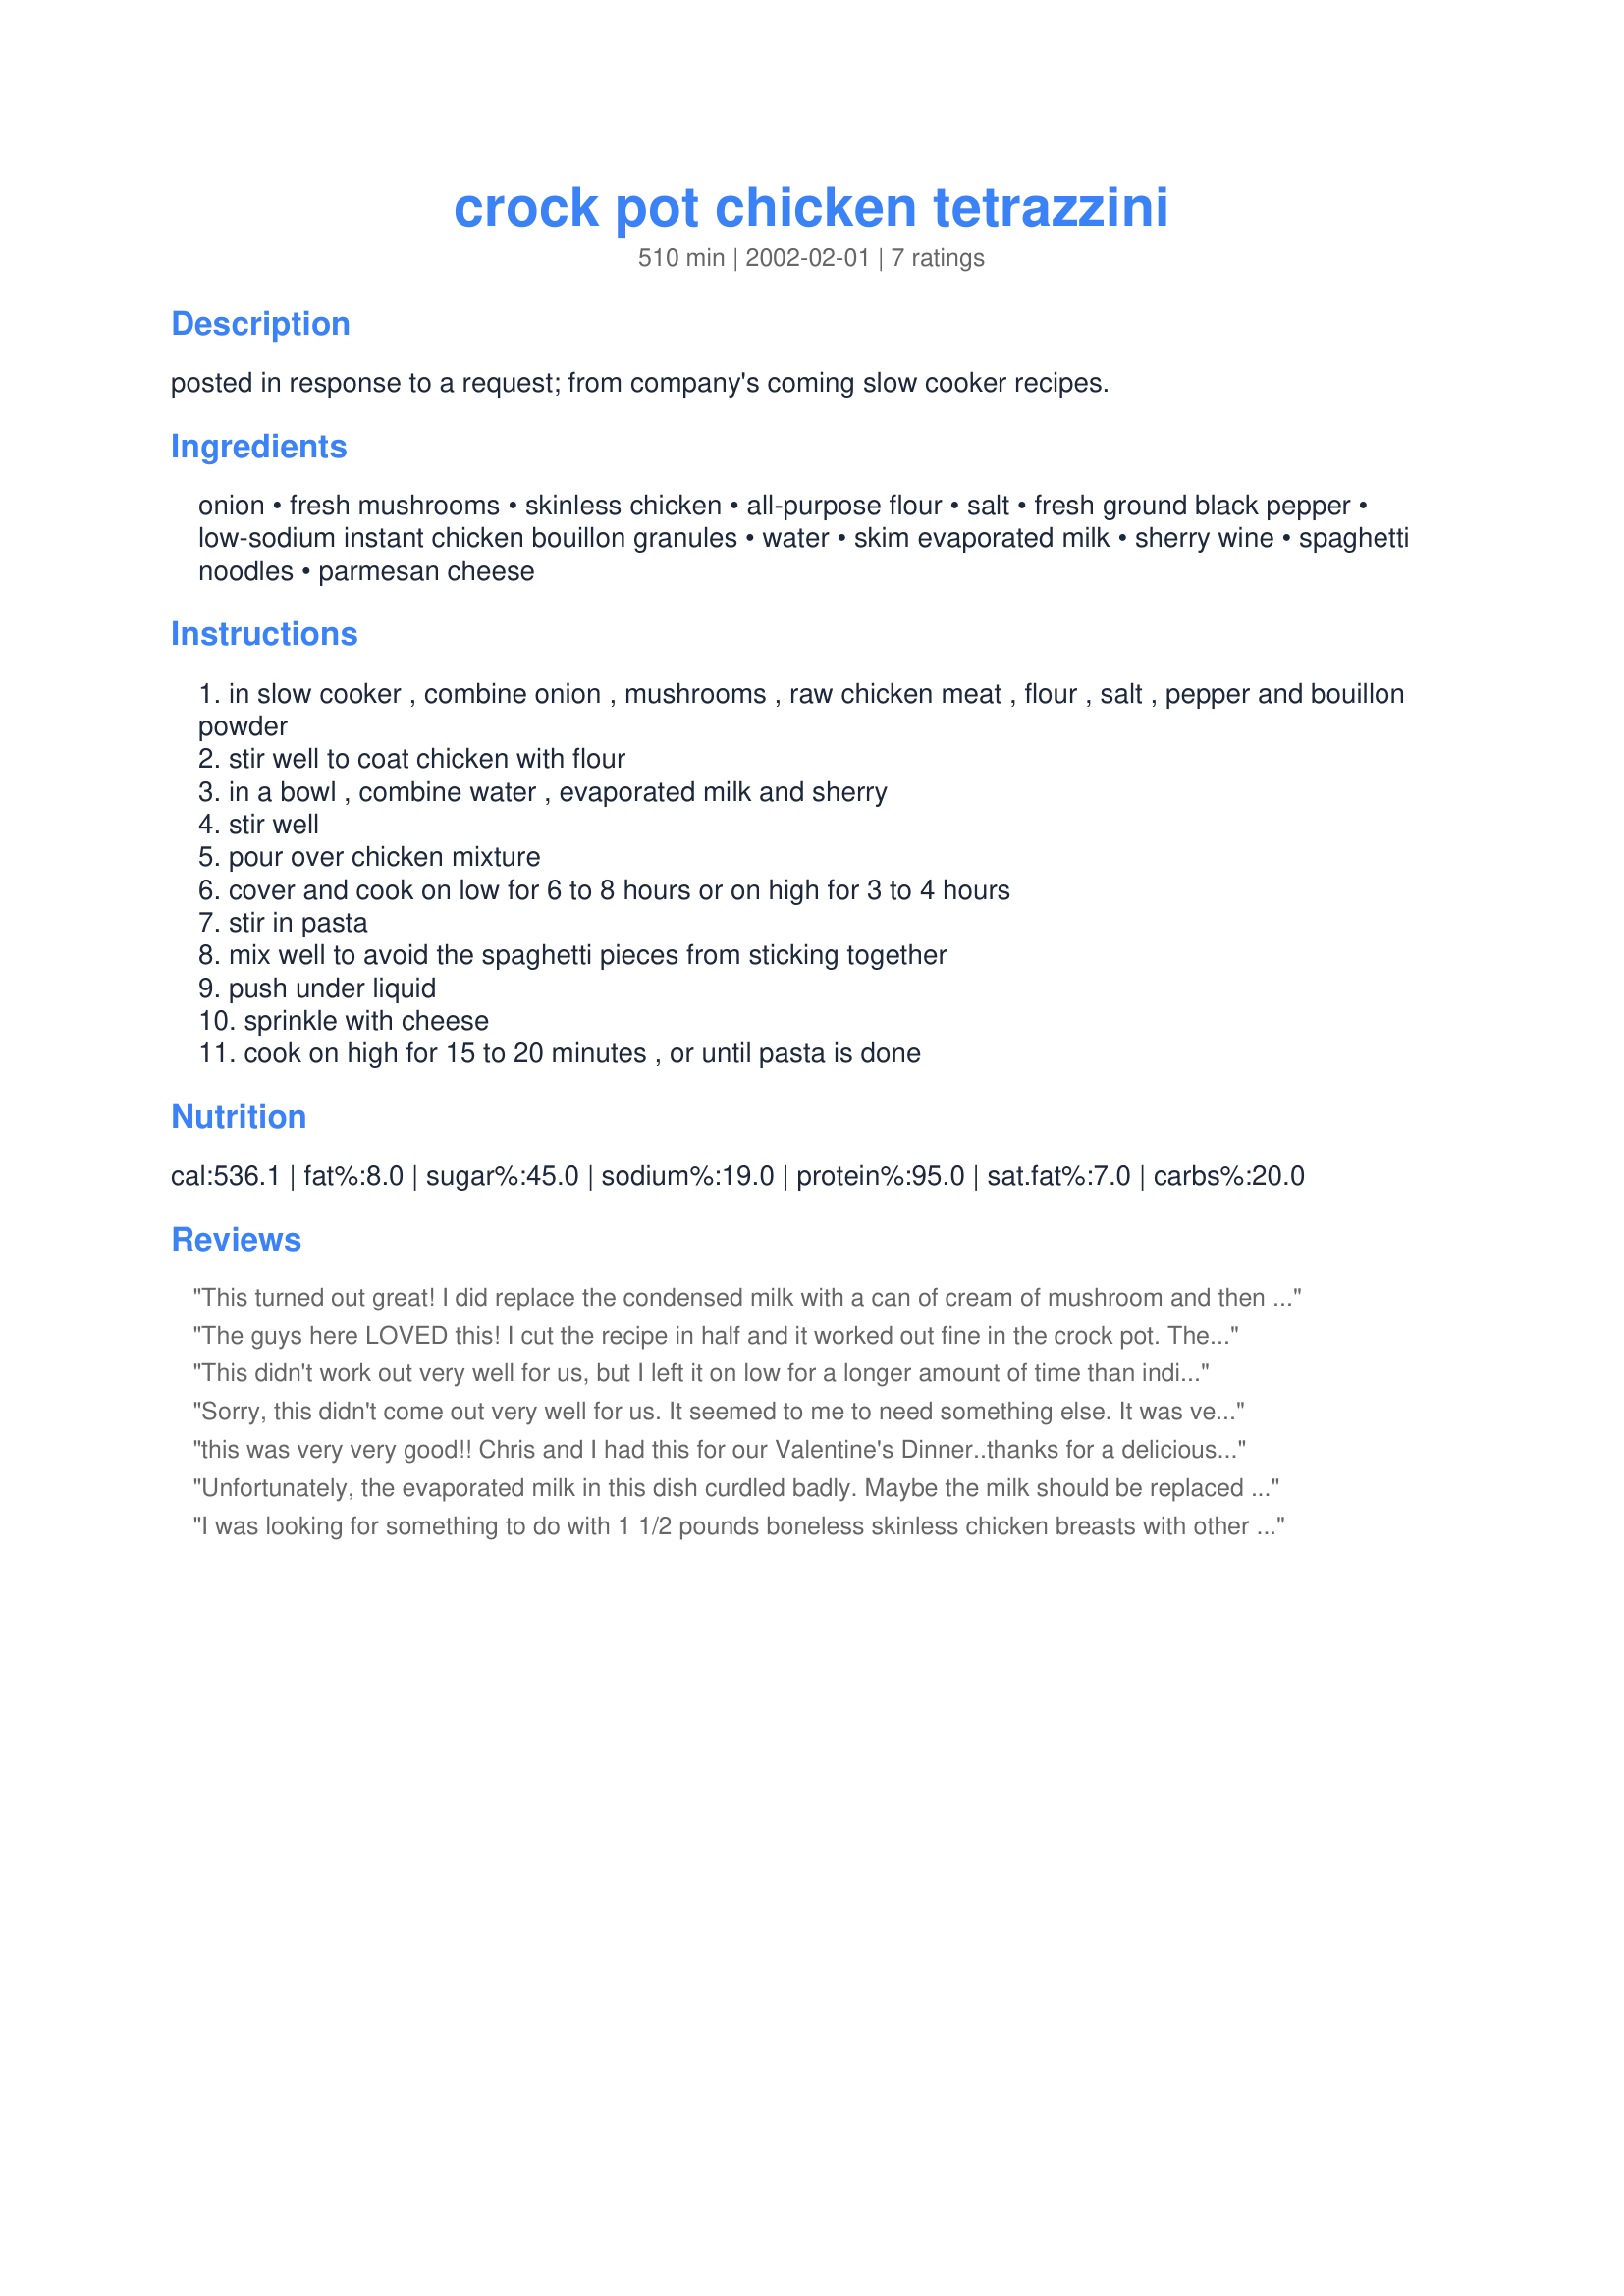
crock pot chicken tetrazzini
Preparation time: 510 minutes

posted in response to a request; from company's coming slow cooker recipes.

Ingredients:
onion, fresh mushrooms, skinless chicken, all-purpose flour, salt, fresh ground black pepper, low-sodium instant chicken bouillon granules, water, skim evaporated milk, sherry wine, spaghetti noodles, parmesan cheese

Steps:
in slow cooker , combine onion , mushrooms , raw chicken meat , flour , salt , pepper and bouillon powder
stir well to coat chicken with flour
in a bowl , combine water , evaporated milk and sherry
stir well
pour over chicken mixture
cover and cook on low for 6 to 8 hours or on high for 3 to 4 hours
stir in pasta
mix well to avoid the spaghetti pieces from sticking together
push under liquid
sprinkle with cheese
cook on high for 15 to 20 minutes , or until pasta is done

Reviews:
This turned out great! I did replace the condensed milk with a can of cream of mushroom and then added a little milk to make more liquid for the pasta to cook at the end. Don't omit the sherry--it adds so much flavor. Thanks for the recipe!
The guys here LOVED this! I cut the recipe in half and it worked out fine in the crock pot. The only changes I made were to fry up the mushrooms first so that they were a little browned and I added some extra cheese. My husband liked this so much he said it would even be good without the chicken... and he's a BIG meat-eater!!! My only regret is that I cut the recipe in half. They all wanted more!
This didn't work out very well for us, but I left it on low for a longer amount of time than indicated, which meant there was no extra liquid. I think the cream of mushroom/chicken soup is a good idea with extra milk/water.
Sorry, this didn't come out very well for us. It seemed to me to need something else. It was very flat and had little flavor.
this was very very good!! Chris and I had this for our Valentine's Dinner..thanks for a delicious meal!! The one thing I could say is that I used boneless/skinless chicken breasts, cut it into bite sized pieces (maybe 1" X 1") and it took (at the most) 2 hours to cook on High--I took a piece out and cut it to make sure it was cooked through--the chicken was perfectly moist at the 2 hour mark--so be careful of your cooking time. Again, thanks for a wonderful supper!!~~~~~TERESA
Unfortunately, the evaporated milk in this dish curdled badly. Maybe the milk should be replaced with a cream of mushroom or chicken soup. The soup can withstand the long cooking time and would also add to the flavor, which was a bit bland in this dish. Overall, I would try it again substituting the milk with a cream soup.
I was looking for something to do with 1 1/2 pounds boneless skinless chicken breasts with other ingredients I had on hand and I wanted it to be done pretty fast. So while I followed the recipe's ingredients, I decided to cook in the oven instead of in the crock pot. Minor changes: I used 2 5-ounce cans of evaporated milk instead of the 1 cup milk plus sherry wine. I created a problem for myself when after I mixed the wet ingredients in with the meat, I couldn't figure out when to add the noodles, so I broke them up and added them to the mix. What a mess it turned out to be, it was a good thing I was using a humongous mixing bowl. Then when I put it all in the baking pan (greased 9x13), I found the liquid wouldn't cover the noodles stuck on top, so I ended up putting in another 5 ounce can evap milk, which still didn't cover completely, but I took my chances. In the end it turned out good and tasty. I think next time I may put the noodles on the bottom then put meat mixture on top and add the liquids. I baked it covered at 350 for about an hour. This was a great recipe...it was very tasty to me and the kitchen smells great. I'm sure it won't last with three hungry guys around. Thanks for the post.
